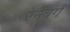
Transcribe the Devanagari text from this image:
रेनेबर्ग